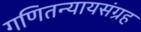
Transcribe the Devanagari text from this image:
गणितन्यायसंग्रह